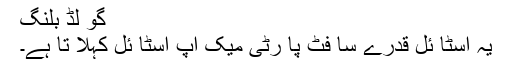
گو لڈ بلنگ
یہ اسٹا ئل قدرے سا فٹ پا رٹی میک اپ اسٹا ئل کہلا تا ہے۔